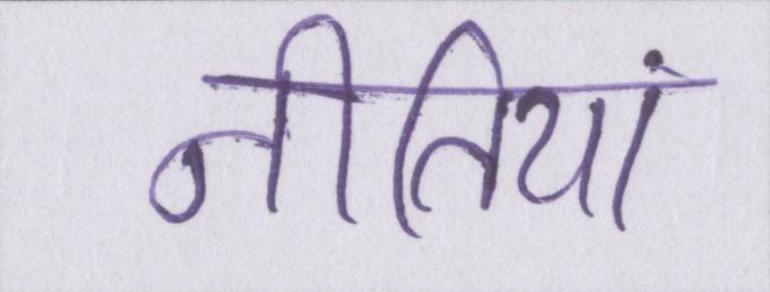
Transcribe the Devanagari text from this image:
नीतियां